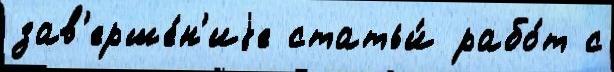
зав'ерше́н'иjе статьи́ рабо́т с